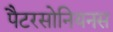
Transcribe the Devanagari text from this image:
पैटरसोनियनस